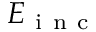
E _ { \mathrm { ~ i ~ n ~ c ~ } }